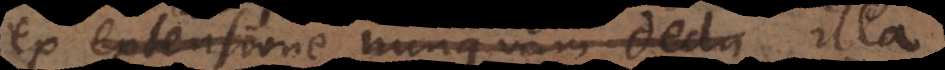
ex extensione nunquam dedu illa